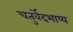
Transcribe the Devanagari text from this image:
चतुर्वेदभाष्य